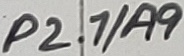
Text: P2.1/A9